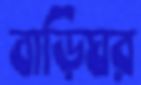
বাড়িঘর